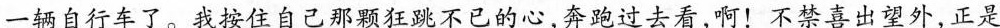
一辆自行车了。我按住自己那颗狂跳不已的心，奔跑过去看，啊！不禁喜出望外，正是